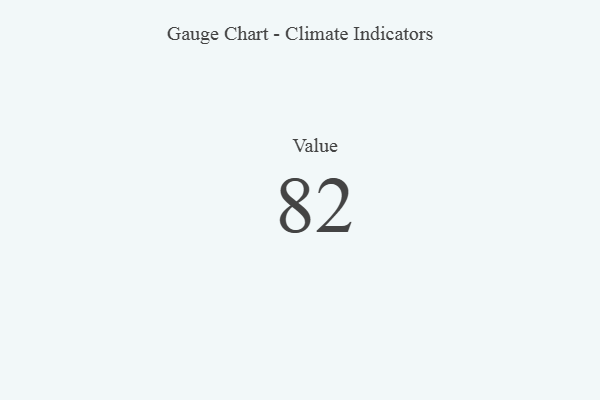
{"axis": {"x": "Metric", "y": "Value"}, "legend": [""], "data": [{"x": "Value", "y": 82, "type": ""}]}